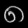
Digit: ၈